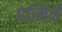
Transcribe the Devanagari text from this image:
पत्निने